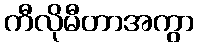
ကီလိုမီတာအကွာ